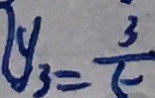
y _ { 3 } = \frac { 3 } { 5 }